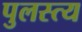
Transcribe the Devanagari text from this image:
पुलस्‍त्‍य